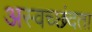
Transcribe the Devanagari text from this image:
अस्वच्छंदता